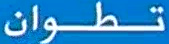
تطوان